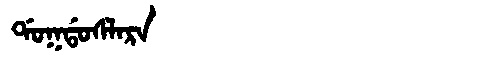
Manchu: ᡩᠣᡴᡩᠣᠰᠯᠠᡵᠠ
Romanization: DOKDOSLARA